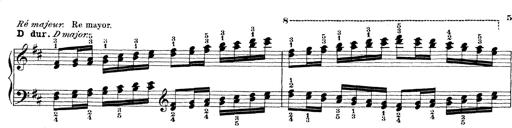
Title: Technische Studien
Composer: Franz Liszt